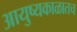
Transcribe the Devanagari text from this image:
आयुष्यकाळातच